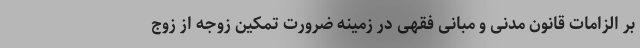
بر الزامات قانون مدنی و مبانی فقهی در زمینه ضرورت تمکین زوجه از زوج